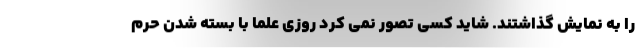
را به نمایش گذاشتند. شاید کسی تصور نمی کرد روزی علما با بسته شدن حرم